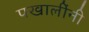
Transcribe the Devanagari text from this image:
पखालींनी